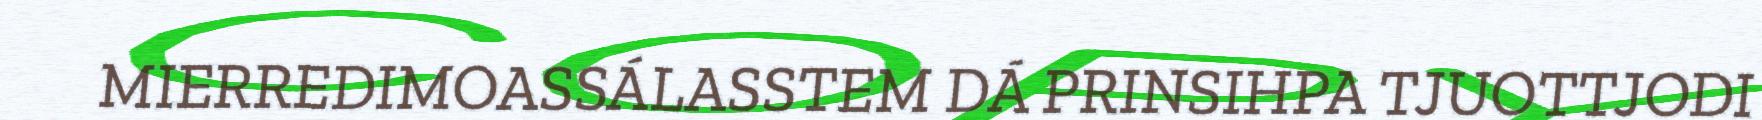
MIERREDIMOASSÁLASSTEM DÁ PRINSIHPA TJUOTTJODI